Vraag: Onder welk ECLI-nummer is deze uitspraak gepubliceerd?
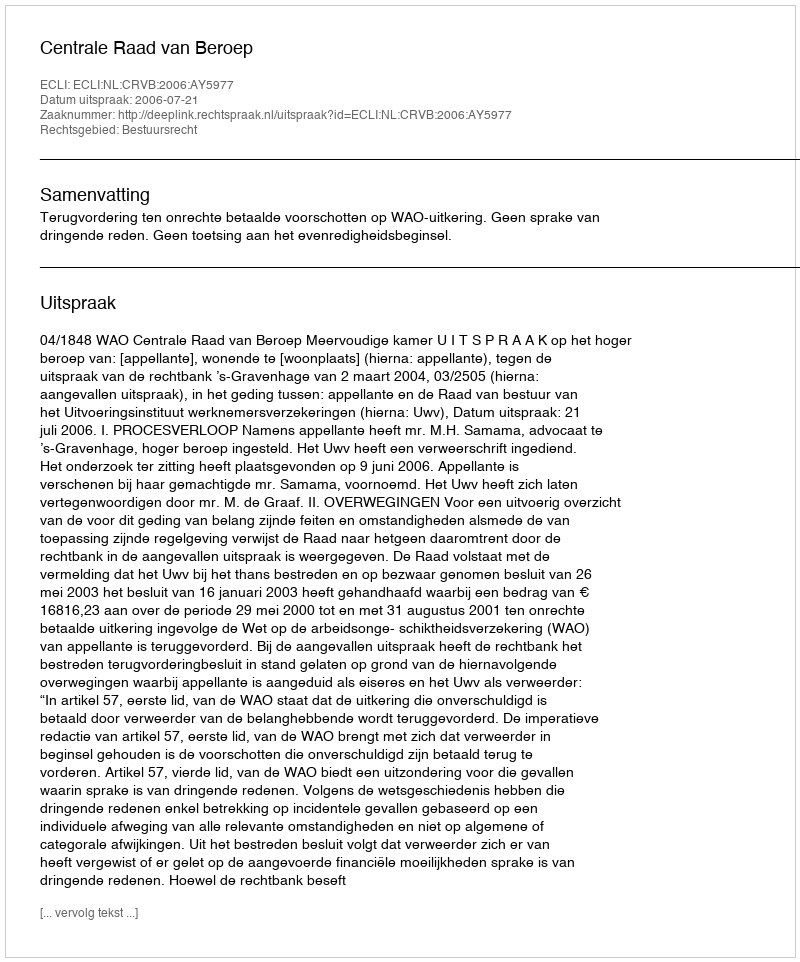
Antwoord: ECLI:NL:CRVB:2006:AY5977